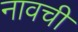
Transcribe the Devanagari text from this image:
नावची